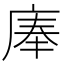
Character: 𰏹